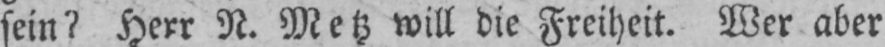
sein? Herr N. Metz will die Freiheit. Wer aber